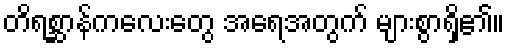
တိရစ္ဆာန်ကလေးတွေ အရေအတွက် များစွာရှိ၏။